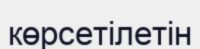
көрсетілетін